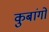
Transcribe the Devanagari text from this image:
कुबांगो